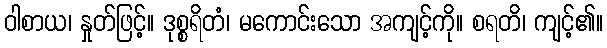
ဝါစာယ၊ နှုတ်ဖြင့်။ ဒုစ္စရိတံ၊ မကောင်းသော အကျင့်ကို။ စရတိ၊ ကျင့်၏။